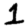
Digit: 1